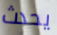
يحدث